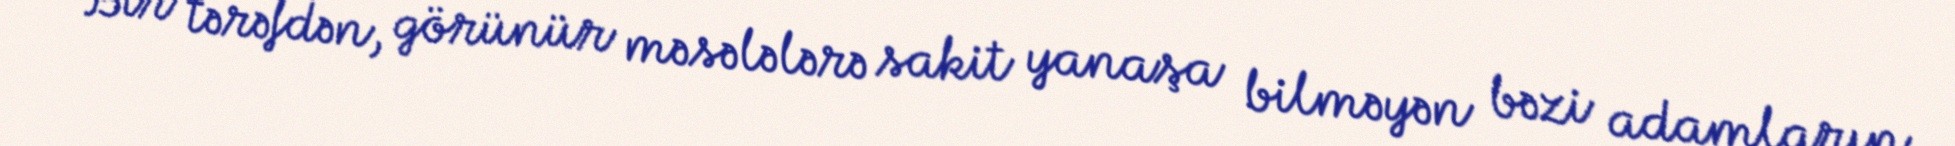
Bir tərəfdən, görünür məsələlərə sakit yanaşa bilməyən bəzi adamların